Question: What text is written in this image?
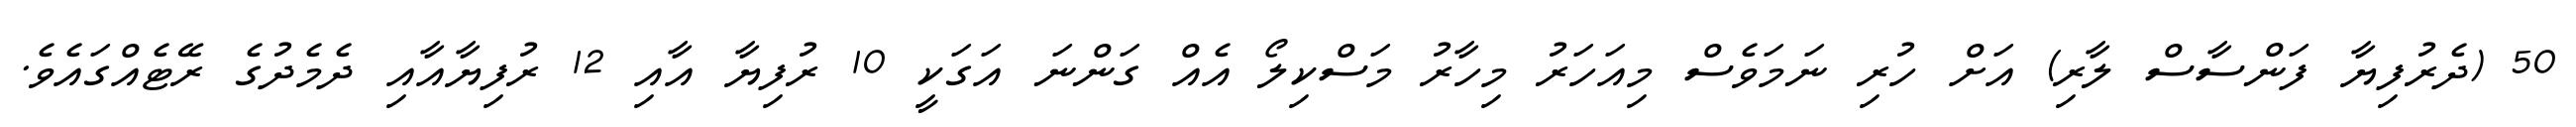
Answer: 50 (ދެރުފިޔާ ފަންސާސް ލާރި) އަށް ހުރި ނަމަވެސް މިއަހަރު މިހާރު މަސްކިލޯ އެއް ގަންނަ އަގަކީ 10 ރުފިޔާ އާއި 12 ރުފިޔާއާއި ދެމެދުގެ ރޭޓެއްގައެވެ.